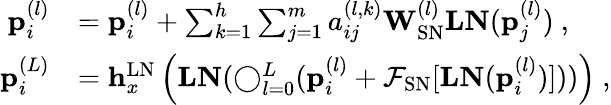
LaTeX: \begin{array}{rl}{\mathbf{p}_{i}^{(l)}}&{=\mathbf{p}_{i}^{(l)}+\sum_{k=1}^{h}\sum_{j=1}^{m}a_{ij}^{(l,k)}\mathbf{W}_{\mathrm{SN}}^{(l)}\mathbf{LN}(\mathbf{p}_{j}^{(l)})~,}\\ {\mathbf{p}_{i}^{(L)}}&{=\mathbf{h}_{x}^{\mathrm{LN}}\left(\mathbf{LN}(\mathbf{\bigcirc}_{l=0}^{L}(\mathbf{p}_{i}^{(l)}+\mathcal{F}_{\mathrm{SN}}[\mathbf{LN}(\mathbf{p}_{i}^{(l)})]))\right)~,}\end{array}